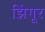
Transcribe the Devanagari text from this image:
झिंगूर